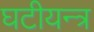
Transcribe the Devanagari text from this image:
घटीयन्त्र